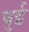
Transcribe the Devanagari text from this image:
बुई